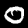
Digit: 0